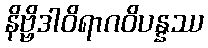
နိဗ္ဗိဒါဝိရာဂဝိပန္နဿ